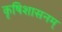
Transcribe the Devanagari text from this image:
कृषिशासनम्